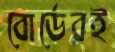
বোর্ডেরই